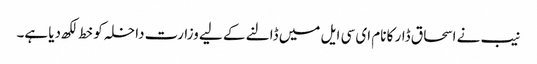
نیب نے اسحاق ڈار کا نام ای سی ایل میں ڈالنے کے لیے وزارت داخلہ کو خط لکھ دیا ہے۔